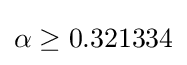
\alpha \geq 0.321334